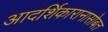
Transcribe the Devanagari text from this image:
आदर्शिकारानासोबत